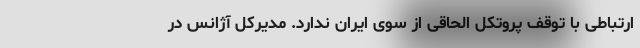
ارتباطی با توقف پروتکل الحاقی از سوی ایران ندارد. مدیرکل آژانس در